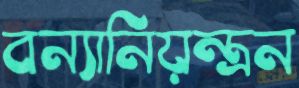
বন্যানিয়ন্ত্রন